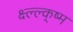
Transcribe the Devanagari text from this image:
क्ष्ल्ल्क्ष्म